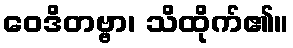
ဝေဒိတဗ္ဗာ၊ သိထိုက်၏။